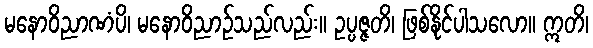
မနောဝိညာဏံပိ၊ မနောဝိညာဉ်သည်လည်း။ ဥပ္ပဇ္ဇတိ၊ ဖြစ်နိုင်ပါသလော။ ဣတိ၊